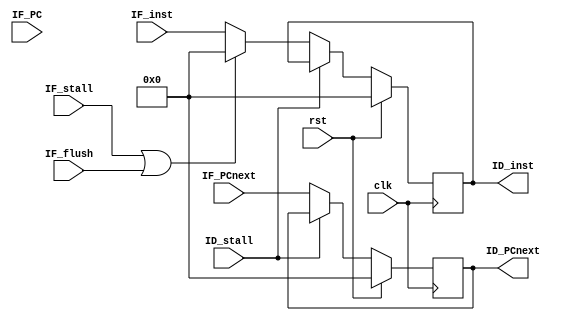
module IF_stage(/*AUTOARG*/
    //Inputs
    clk, rst, IF_stall, IF_flush, ID_stall, IF_inst, 
    IF_PCnext, IF_PC, 

    //Outputs
    ID_inst,ID_PCnext);
    input           clk;
    input           rst;
    input           IF_stall;
    input           IF_flush;
    input           ID_stall;
    input   [31:0]  IF_inst;
    input   [31:0]  IF_PCnext;
    input   [31:0]  IF_PC;
    //outputs
    output  reg     [31:0]  ID_inst;
    output  reg     [31:0]  ID_PCnext;
    
    always @(posedge clk) begin
        ID_inst <= rst ? 32'b0 : (ID_stall ? ID_inst : ((IF_stall | IF_flush) ? 32'b0 : IF_inst));
        ID_PCnext <= rst ? 32'b0 : (ID_stall ? ID_PCnext : IF_PCnext);

    end
endmodule